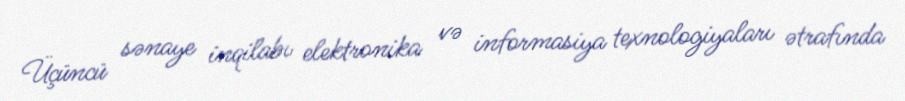
Üçüncü sənaye inqilabı elektronika və informasiya texnologiyaları ətrafında